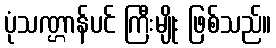
ပုံသဏ္ဌာန်ပင် ကြီးမျိုး ဖြစ်သည်။